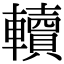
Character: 𨏔